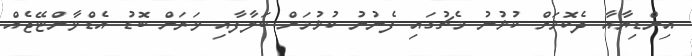
އިންޑިޔާއާ ދެކޮޅަށް ކުޅުނު މެޗުގައި ފެނުނު ކުޅުމަށް ބަލާފާއި ވަރަށް ބޮޑު އެޑްވާންޓޭޖެއް